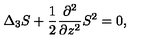
\Delta _ { 3 } S + \frac { 1 } { 2 } \frac { \partial ^ { 2 } } { \partial z ^ { 2 } } S ^ { 2 } = 0 ,